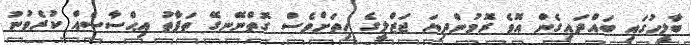
ބާލީހުގައި ބައްދައިގެން އޮވެ ރޮމުންދިޔަ ޖަޒްލީގެ ހިތަށްވެސް ގޮތްނޭނގޭ ތަފާތު އިޙްސާސެއް ކުރެވުނު